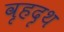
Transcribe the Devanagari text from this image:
वृहदृथ